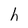
Character: h